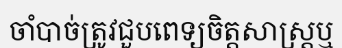
ចាំបាច់ត្រូវជួបពេទ្យចិត្តសាស្ត្រឬ